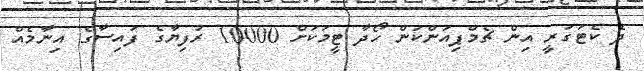
ދެ ކެޓަގަރީ އިން ޗެމްޕިއަންކަން ހޯދާ ޓީމަކަށް 10000 ރުފިޔާގެ ފައިސާގެ އިނާމެއް